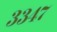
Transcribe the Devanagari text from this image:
३३४७